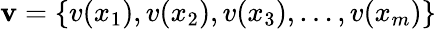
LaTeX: \textbf{v}=\left\{ v(x_{1}),v(x_{2}),v(x_{3}),\dots,v(x_{m})\right\}